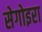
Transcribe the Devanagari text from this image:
सेगोइरा